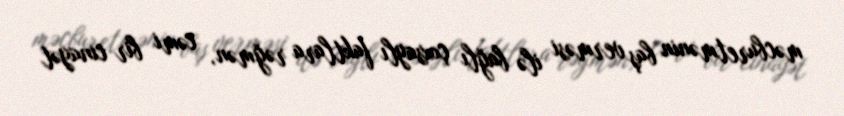
məcburetmənin baş verməsi ilə bağlı çoxsaylı faktlara rəğmən, cəmi bir cinayət